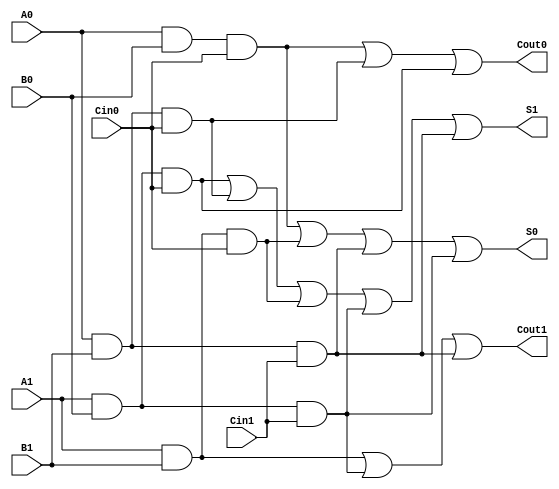
module dual_rail_full_adder (
    input wire A1, A0,  // Dual-rail representation of input A
    input wire B1, B0,  // Dual-rail representation of input B
    input wire Cin1, Cin0, // Dual-rail representation of carry input Cin
    output wire S1, S0,  // Dual-rail representation of sum output S
    output wire Cout1, Cout0 // Dual-rail representation of carry output Cout
);

    // Intermediate signals for A, B, and Cin
    wire A = ~A0; // A is 1 if A1 is high
    wire B = ~B0; // B is 1 if B1 is high
    wire Cin = ~Cin0; // Cin is 1 if Cin1 is high

    // Sum Output Logic
    assign S1 = (A1 & B0 & Cin0) | (A0 & B1 & Cin0) | (A1 & B1 & Cin0) | (A1 & B0 & Cin1) | (A0 & B1 & Cin1);
    assign S0 = (A0 & B0 & Cin0) | (A1 & B1 & Cin0) | (A0 & B1 & Cin1) | (A1 & B0 & Cin1);

    // Carry Output Logic
    assign Cout1 = (A1 & B1) | (A1 & B0 & Cin1) | (A0 & B1 & Cin1);
    assign Cout0 = (A0 & B0 & Cin0) | (A0 & B1 & Cin0) | (A1 & B0 & Cin0);

endmodule